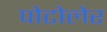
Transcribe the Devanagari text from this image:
पोटोलेर